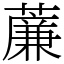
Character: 薕